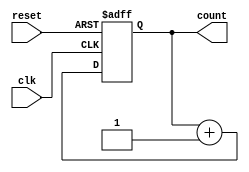
module async_counter #(
    parameter N = 4 // Define the number of bits for the counter
)(
    input wire clk,      // Clock input
    input wire reset,    // Asynchronous reset input
    output reg [N-1:0] count // Counter output
);

// Always block triggered by the reset or the clock
always @(posedge clk or posedge reset) begin
    if (reset) begin
        count <= 0; // Asynchronous reset to 0
    end else begin
        // Counting mechanism: increment the counter
        count <= count + 1;
    end
end

endmodule